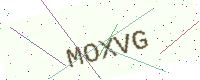
Text: MOXVG